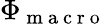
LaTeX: \Phi_{\mathrm{~m~a~c~r~o~}}